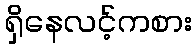
ရှိနေလင့်ကစား